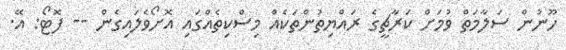
ހޫނުން ސަލާމަތް ވުމަށް ކަރާޗީގެ ރައްޔިތުންތަކެއް މިސްކިތެއްގައި އޮށޯވެލައިގެން -- ފޮޓޯ: އޭ.